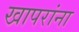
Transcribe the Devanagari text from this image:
खापरांना